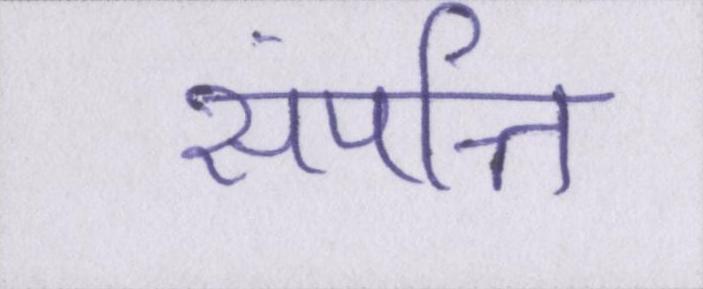
संपत्ति